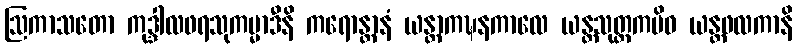
ဩကာသတော ကုဒ္ဒါလဖရသုကမ္မာဒီနိ ကရောန္တာနံ ယန္တာကဍ္ဎနကာလေ ယန္တသုတ္တကမိဝ ယန္တဖလကာနိ